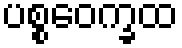
ပစ္စဝေက္ခထ